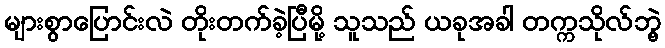
များစွာပြောင်းလဲ တိုးတက်ခဲ့ပြီမို့ သူသည် ယခုအခါ တက္ကသိုလ်ဘွဲ့